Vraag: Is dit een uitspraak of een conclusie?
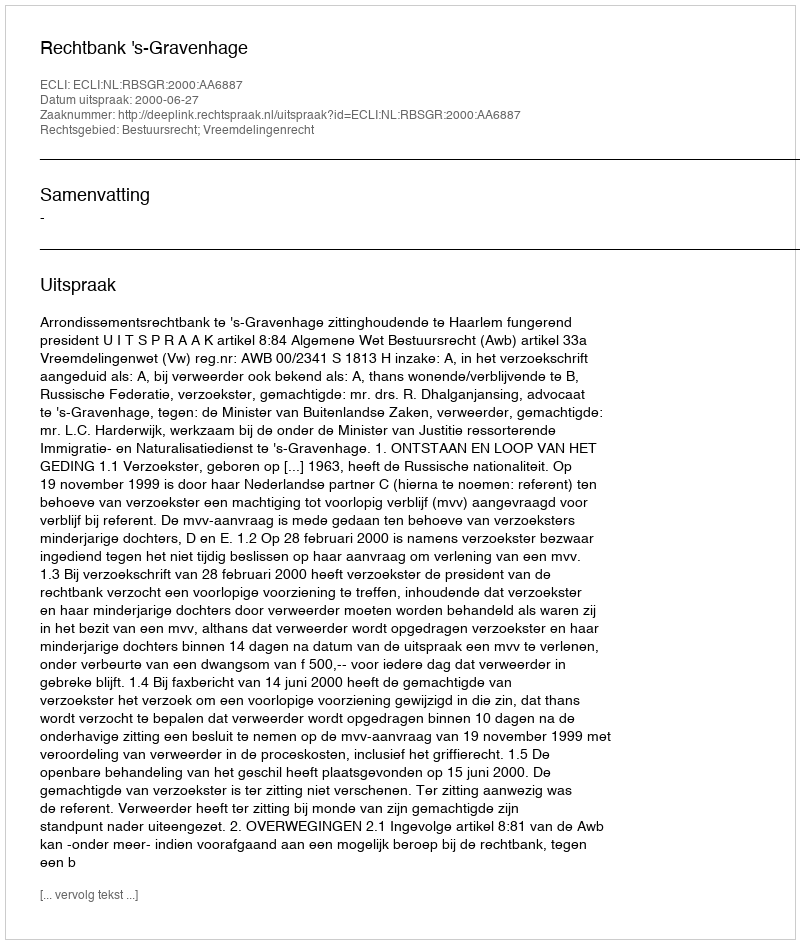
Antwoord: Uitspraak